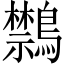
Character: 𪇎